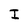
Character: I